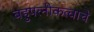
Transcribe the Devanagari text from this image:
बहुपत्‍नीकत्वाचे